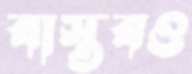
বাস্তবও